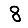
Digit: 8